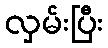
လှမ်းပြီး